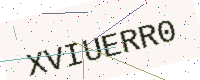
Text: XVIUERR0